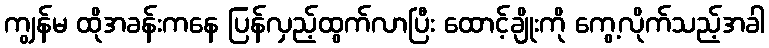
ကျွန်မ ထိုအခန်းကနေ ပြန်လှည့်ထွက်လာပြီး ထောင့်ချိုးကို ကွေ့လိုက်သည့်အခါ